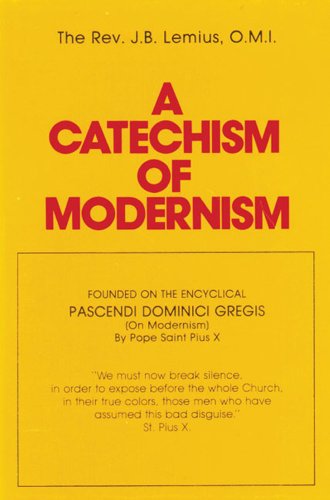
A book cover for A Catechism of Modernism; J. B. Lemius O.M.I.; Christian Books & Bibles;